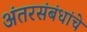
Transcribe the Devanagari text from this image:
अंतरसंबंधांचे